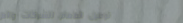
توصيل الطعام للشركات والم